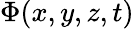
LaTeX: \Phi(x,y,z,t)